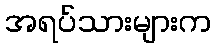
အရပ်သားများက